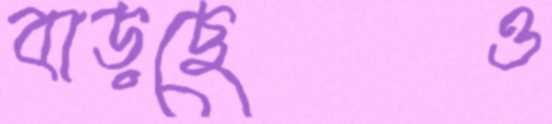
বাড়ছেও